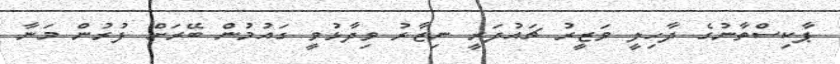
ޕާކިސްތާނުގެ ދާހިލީ ވަޒީރު ޗައުދަރީ ނިޒާރު ވިދާޅުވީ ގައުމުން ބޭރަށް ފުރުން މަނާ